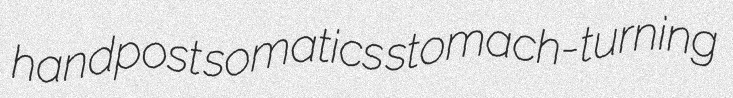
handpost somatics stomach-turning